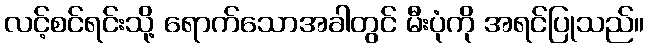
လင့်စင်ရင်းသို့ ရောက်သောအခါတွင် မီးပုံကို အရင်ပြုသည်။